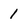
Character: 1